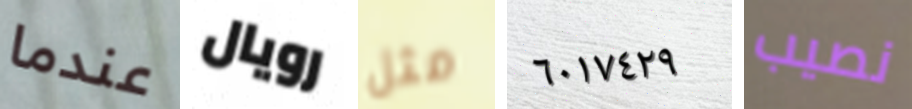
عندما رويال مثل ٦٠١٧٤٢٩ نصيب